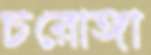
চরোঙ্গা